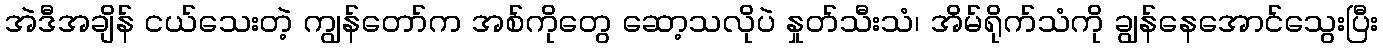
အဲဒီအချိန် ငယ်သေးတဲ့ ကျွန်တော်က အစ်ကိုတွေ ဆော့သလိုပဲ နှုတ်သီးသံ၊ အိမ်ရိုက်သံကို ချွန်နေအောင်သွေးပြီး